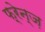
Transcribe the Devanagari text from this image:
फ़्रेन्ज़